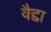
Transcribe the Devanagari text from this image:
वैद्दा